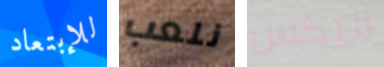
للإبتعاد نلعب اليكس